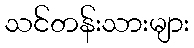
သင်တန်းသားများ